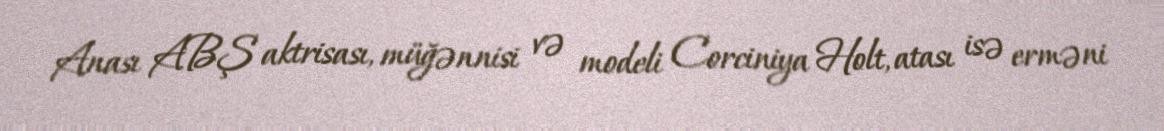
Anası ABŞ aktrisası, müğənnisi və modeli Corciniya Holt, atası isə erməni